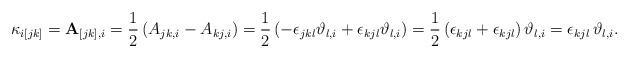
LaTeX: \begin{align*}\kappa_{i[jk]}=\mathbf{A}_{[jk],i}=\frac{1}{2}\left(A_{jk,i}-A_{kj,i}\right)=\frac{1}{2}\left(-\epsilon_{jkl}\vartheta_{l,i}+\epsilon_{kjl}\vartheta_{l,i}\right)=\frac{1}{2}\left(\epsilon_{kjl}+\epsilon_{kjl}\right)\vartheta_{l,i}=\epsilon_{kjl}\,\vartheta_{l,i}.\end{align*}